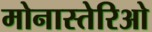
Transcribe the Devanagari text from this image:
मोनास्तेरिओ